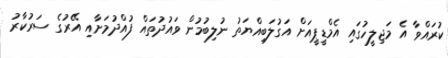
ކުރައްވާ އެ މަޖިލީހުގައި އެމްޑީޕީއަށް އަގުލަބިއްޔަތު ނުލިބުމުން ވައުދުތައް ފުއްދުމަށާއި އޭރުގެ ސަރުކާރު